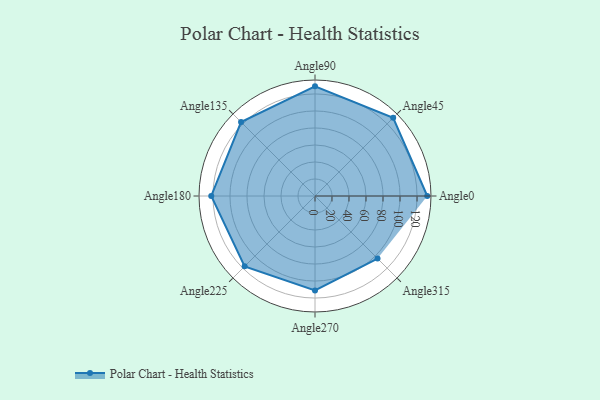
{"axis": {"x": "Angle", "y": "Radius"}, "legend": [""], "data": [{"x": "Angle0", "y": 132.0, "type": ""}, {"x": "Angle45", "y": 130.0, "type": ""}, {"x": "Angle90", "y": 129.0, "type": ""}, {"x": "Angle135", "y": 123.0, "type": ""}, {"x": "Angle180", "y": 122.0, "type": ""}, {"x": "Angle225", "y": 117.0, "type": ""}, {"x": "Angle270", "y": 111.0, "type": ""}, {"x": "Angle315", "y": 104.0, "type": ""}]}